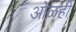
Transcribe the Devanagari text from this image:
ओळही